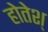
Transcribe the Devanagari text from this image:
होतेश्